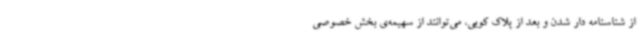
از شناسنامه دار شدن و بعد از پلاک کوبی، می‌توانند از سهیمه‌ی بخش خصوصی